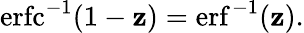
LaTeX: \operatorname{erfc}^{-1}(1-\mathbf{z})=\operatorname{erf}^{-1}(\mathbf{z}).